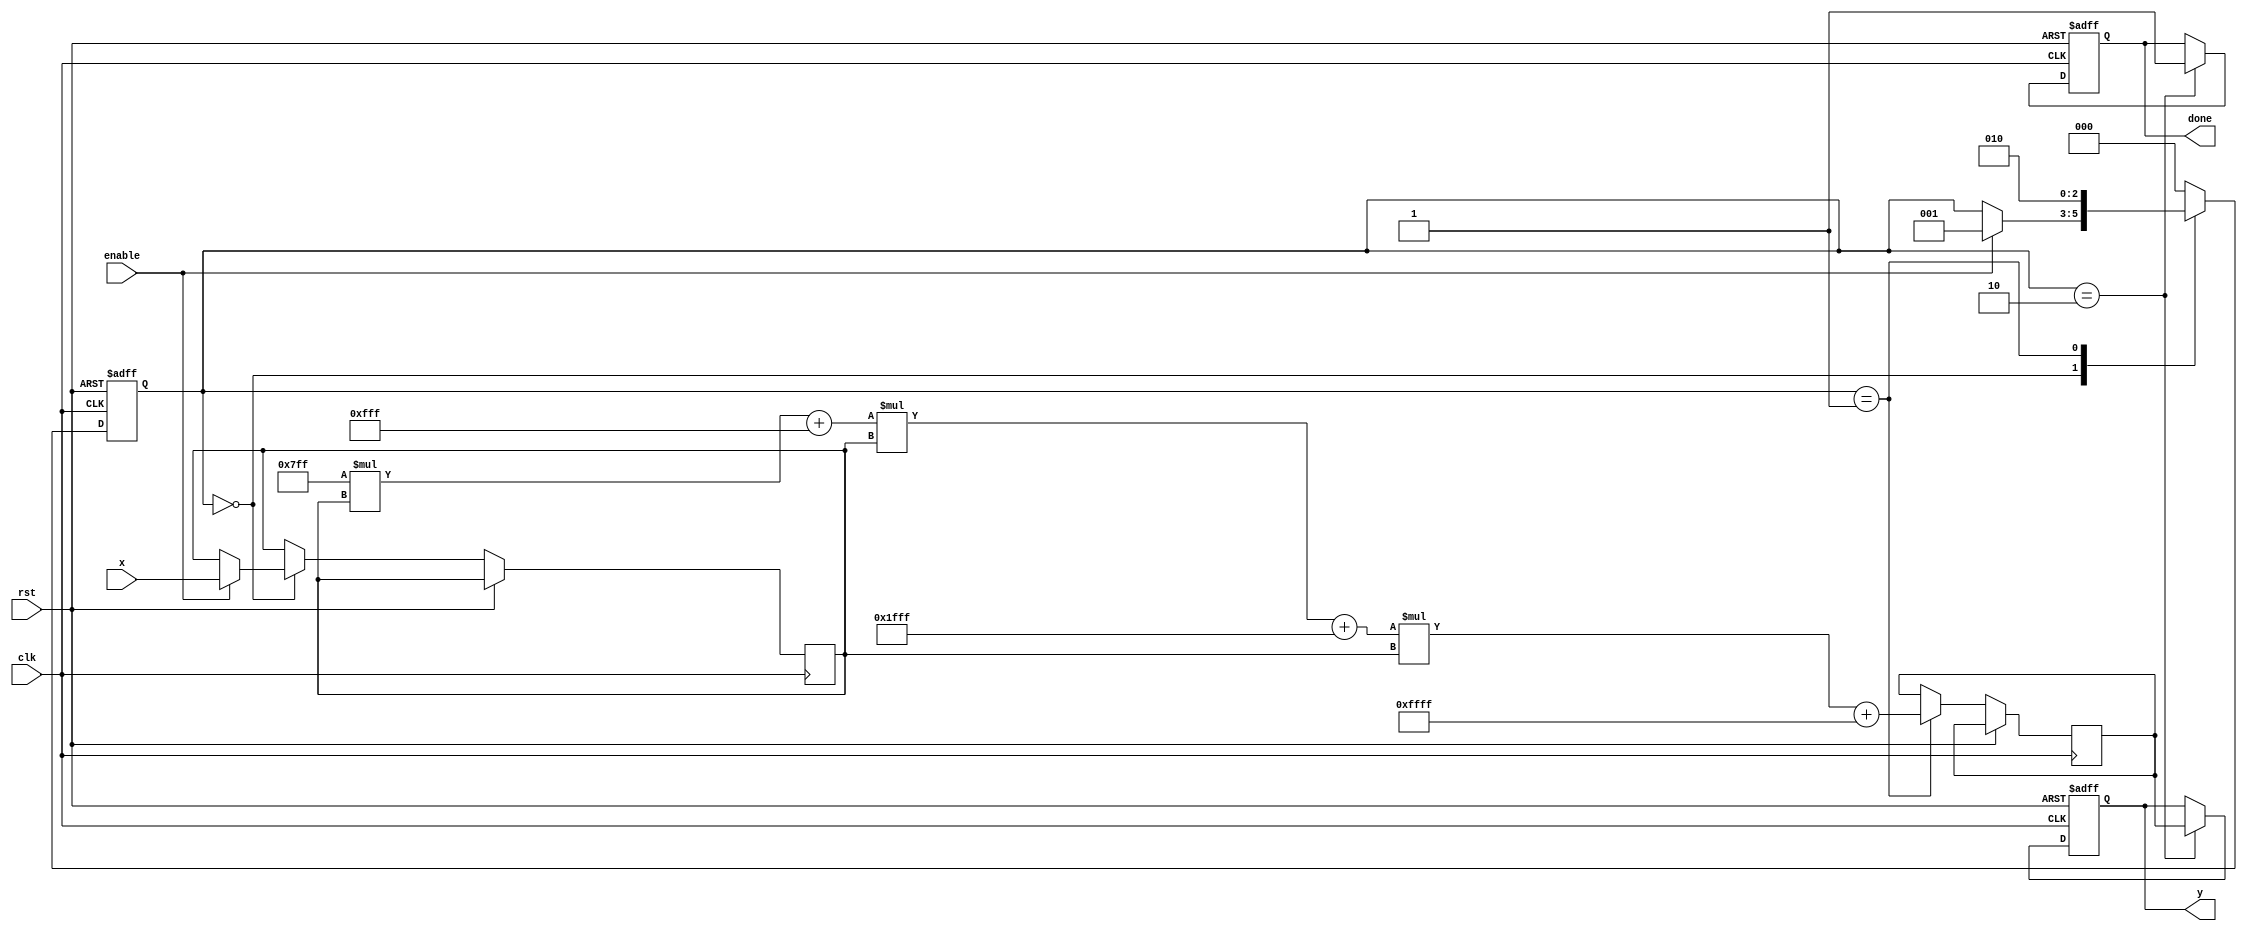
module PolynomialApproximationReciprocal (
    input wire clk,
    input wire rst,
    input wire enable,
    input wire [15:0] x,  // Assume 16-bit fixed-point input (0 < x < 1)
    output reg [15:0] y,   // 16-bit output (reciprocal of x)
    output reg done        // Signal indicating completion
);

    // Polynomial coefficients for approximation 1/x
    parameter C0 = 16'hFFFF; // Coefficient for x^0 (adjust as necessary)
    parameter C1 = 16'h1FFF; // Coefficient for x^1 (adjust as necessary)
    parameter C2 = 16'h0FFF; // Coefficient for x^2 (adjust as necessary)
    parameter C3 = 16'h07FF; // Coefficient for x^3 (adjust as necessary)

    reg [15:0] x_normalized;
    reg [15:0] polynomial_result;
    reg [2:0] state;        // State machine for control (0: idle, 1: compute, 2: done)

    always @(posedge clk or posedge rst) begin
        if (rst) begin
            y <= 16'b0;
            done <= 1'b0;
            state <= 3'b000;
        end else begin
            case(state)
                3'b000: begin // Idle state
                    if (enable) begin
                        // Normalize input (not implemented; assume x is already normalized)
                        x_normalized <= x;
                        state <= 3'b001; // Move to compute state
                    end
                end
                
                3'b001: begin // Compute polynomial value using Horner's method
                    // Horner's method: P(x) = ((C3 * x + C2) * x + C1) * x + C0
                    polynomial_result <= ((C3 * x_normalized + C2) * x_normalized + C1) * x_normalized + C0;
                    state <= 3'b010; // Move to done state
                end
                
                3'b010: begin // Done state
                    y <= polynomial_result; // Assign the computed result to output
                    done <= 1'b1;
                    state <= 3'b000; // Go back to idle
                end
                
                default: state <= 3'b000; // Reset to idle on unknown state
            endcase
        end
    end
endmodule